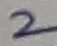
Text: 2